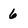
Character: 6